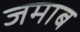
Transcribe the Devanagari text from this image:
जमाब